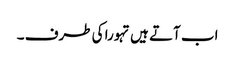
اب آتے ہیں تہورا کی طرف ۔